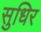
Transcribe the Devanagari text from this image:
सुधिर